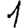
Digit: 1